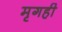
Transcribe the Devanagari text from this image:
मृगही